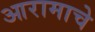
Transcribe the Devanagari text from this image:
आरामाचे